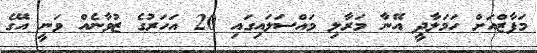
މަފާޒްއަށް ހަމަލާދީ އޭނާ މަރާލި މައްސަލައިގައި 20 އަހަރުގެ ޒުވާނެެއް ވަނީ އޭގެ